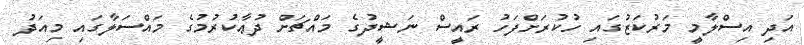
އަދި އިސްލާމީ މަރުކަޒުގައި ހުކުރަށްފަހު ރައީސް ނަޝީދުގެ މައްޗަށް ދުޢާކުރުމުގެ މައްސަލާގައި މިއަދު